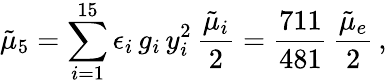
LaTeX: \tilde{\mu}_{5}=\sum_{i=1}^{15}\epsilon_{i}\, g_{i}\, y_{i}^{2}\, \frac{\tilde{\mu}_{i}}{2}=\frac{711}{481}\, \frac{\tilde{\mu}_{e}}{2}\, ,